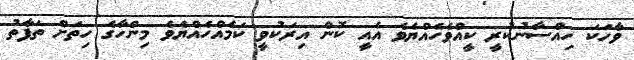
ވާހަކަ ހިއްސާނުކުރީ ކީއްވެހެއްޔެވެ އެއީ ކޮން އިރަކުވީ ކަމެއްހެއްޔެވެ މިންހާގެ ހިތަށް ތަފާތު